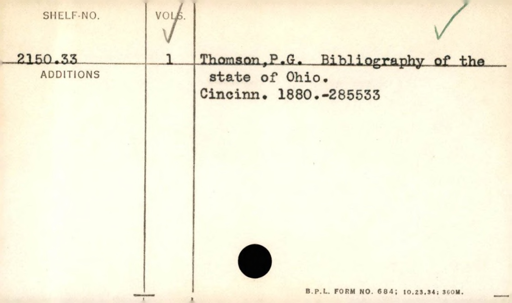
Label: content